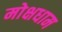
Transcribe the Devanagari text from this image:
मोक्षधाम